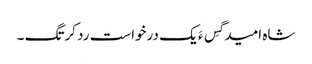
شاہ امید گِس ءَ یک درخواست رد کرتگ ۔